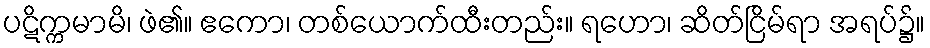
ပဋိက္ကမာမိ၊ ဖဲ၏။ ဧကော၊ တစ်ယောက်ထီးတည်း။ ရဟော၊ ဆိတ်ငြိမ်ရာ အရပ်၌။